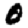
Digit: 0